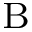
_ \mathrm { B }